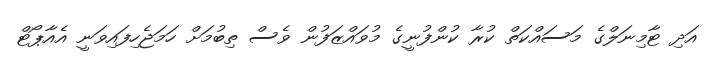
އަދި ޓާމިނަލްގެ މަސައްކަތް ކުރާ ކުންފުނީގެ މުވައްޒަފުން ވެސް ތިބުމަށް ހަަމަޖެހިފައިވަނީ އެއާޕޯޓް